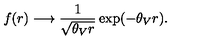
f ( r ) \longrightarrow \frac { 1 } { \sqrt { \theta _ { V } r } } \exp ( - \theta _ { V } r ) .